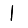
Digit: 1